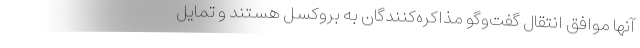
آنها موافق انتقال گفت‌و‌گو مذاکره‌کنندگان به بروکسل هستند و تمایل